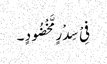
فِیْ سِدْرٍ مَّخْضُودٍ ۔